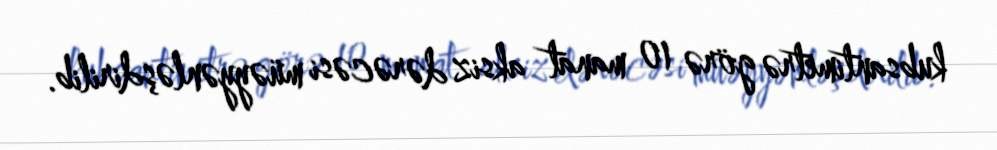
kubsantimetrə görə 10 manat aksiz dərəcəsi müəyyənləşdirilib.